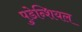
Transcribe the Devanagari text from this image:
पुडेन्शियल